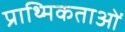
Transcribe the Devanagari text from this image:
प्राथ्मिकताओं